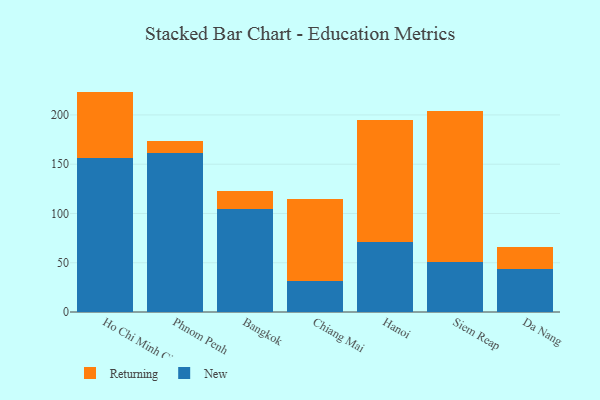
{"axis": {"x": "City", "y": "Conversion Rate (%)"}, "legend": ["New", "Returning"], "data": [{"x": "Ho Chi Minh City", "y": 156.5, "type": "New"}, {"x": "Ho Chi Minh City", "y": 67.2, "type": "Returning"}, {"x": "Phnom Penh", "y": 161.7, "type": "New"}, {"x": "Phnom Penh", "y": 11.7, "type": "Returning"}, {"x": "Bangkok", "y": 104.2, "type": "New"}, {"x": "Bangkok", "y": 18.3, "type": "Returning"}, {"x": "Chiang Mai", "y": 31.6, "type": "New"}, {"x": "Chiang Mai", "y": 83.4, "type": "Returning"}, {"x": "Hanoi", "y": 70.9, "type": "New"}, {"x": "Hanoi", "y": 123.8, "type": "Returning"}, {"x": "Siem Reap", "y": 51.0, "type": "New"}, {"x": "Siem Reap", "y": 153.5, "type": "Returning"}, {"x": "Da Nang", "y": 43.2, "type": "New"}, {"x": "Da Nang", "y": 23.2, "type": "Returning"}]}